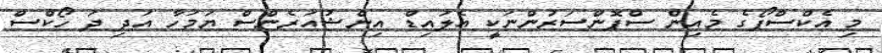
މި އެކްސްޕޯގެ މެއިން ސްޕޮންސަރުންނަކީ އެލައިޑް އިންޝުއަރެންސް ޔަމަހާ އަދި ދަ ހޯކްސް